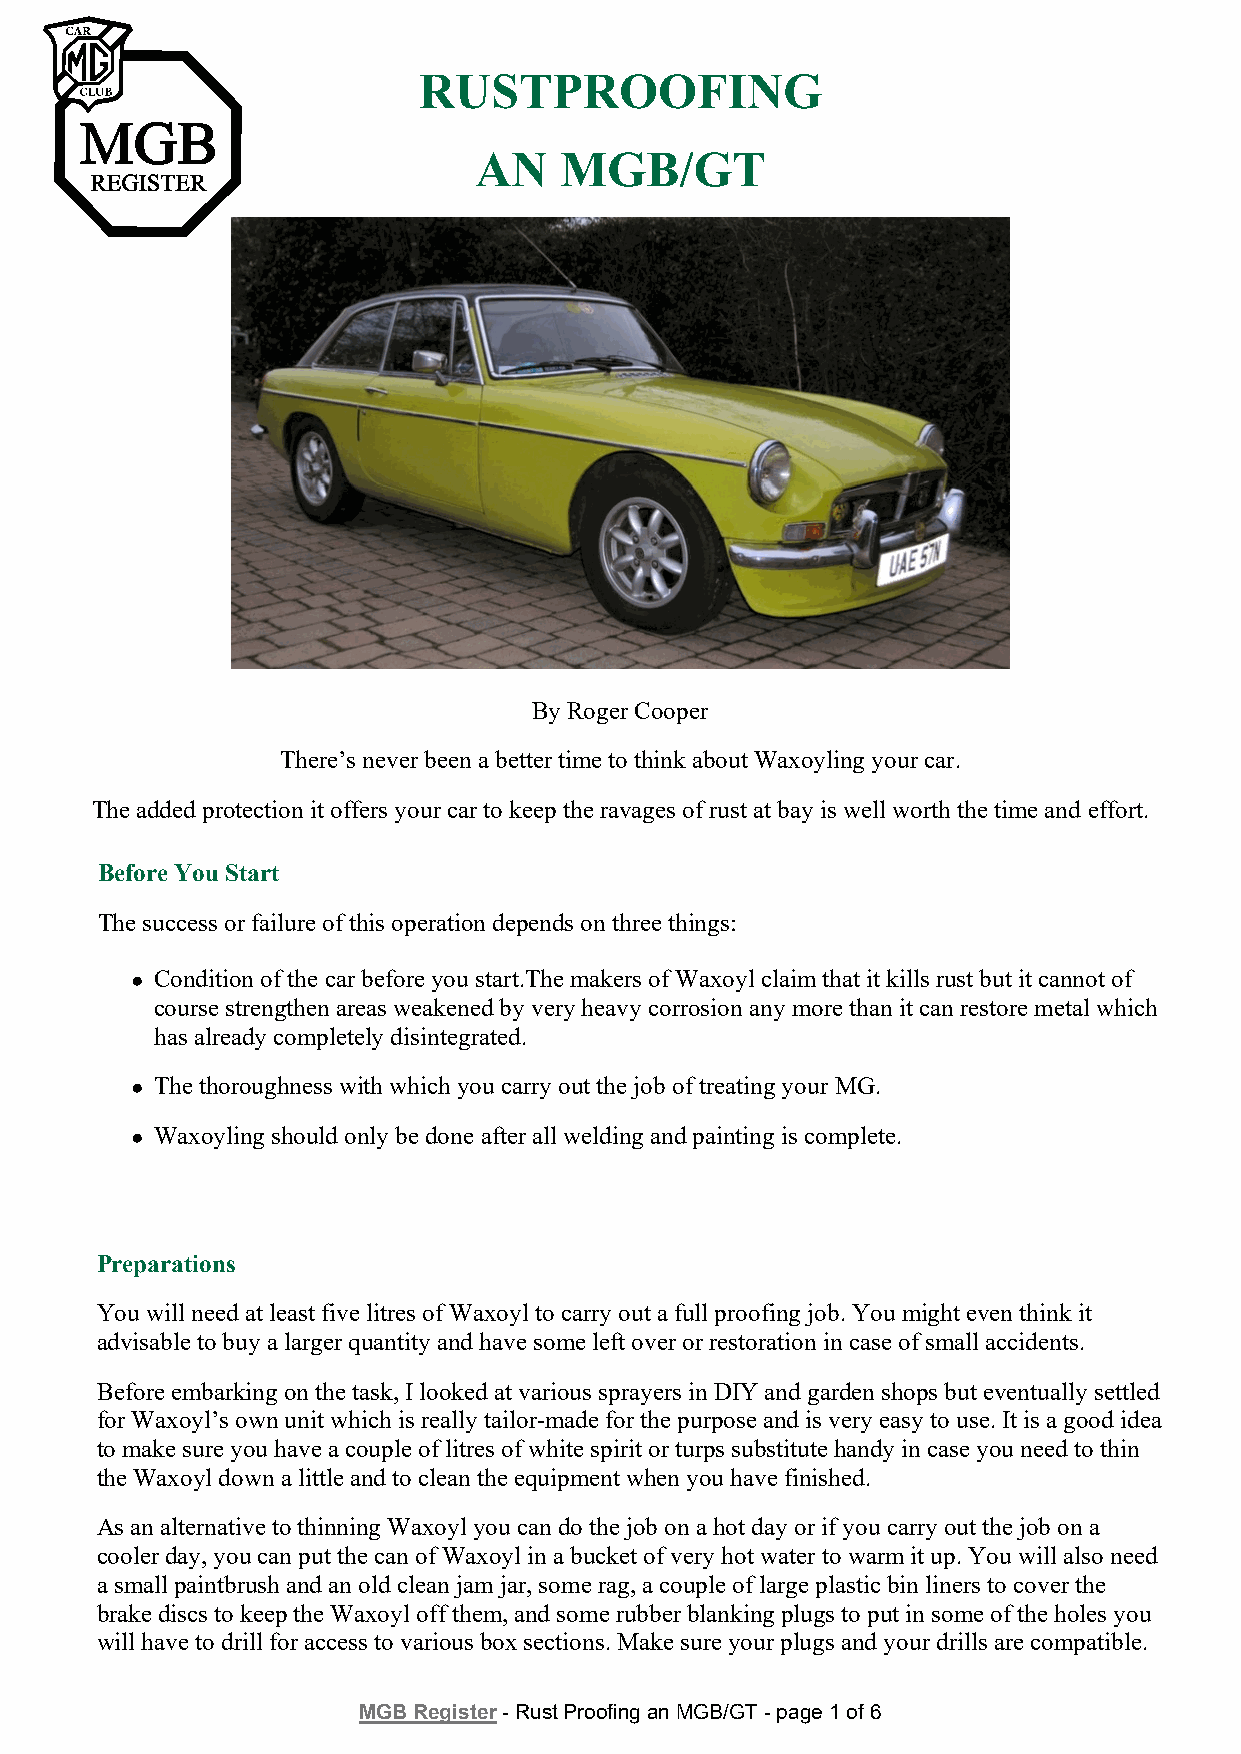
RUSTPROOFING
 AN    MGB/GT
 By Roger Cooper
 There’s never been a better time to think about Waxoyling your car.
 The added protection it offers your car to keep the ravages of rust at bay is well worth the time and effort.
 Before You Start
 The success or failure of this operation depends on three things:
 ● Condition of the car before you start.The makers of Waxoyl claim that it kills rust but it cannot of
 course strengthen areas weakened by very heavy corrosion any more than it can restore metal which
 has already completely disintegrated.
 ● The thoroughness with which you carry out the job of treating your MG.
 ● Waxoyling should only be done after all welding and painting is complete.
 Preparations
 You will need at least five litres of Waxoyl to carry out a full proofing job. You might even think it
 advisable to buy a larger quantity and have some left over or restoration in case of small accidents.
 Before embarking on the task, I looked at various sprayers in DIY and garden shops but eventually settled
 for Waxoyl’s own unit which is really tailor-made for the purpose and is very easy to use. It is a good idea
 to make sure you have a couple of litres of white spirit or turps substitute handy in case you need to thin
 the Waxoyl down a little and to clean the equipment when you have finished.
 As an alternative to thinning Waxoyl you can do the job on a hot day or if you carry out the job on a
 cooler day, you can put the can of Waxoyl in a bucket of very hot water to warm it up. You will also need
 a small paintbrush and an old clean jam jar, some rag, a couple of large plastic bin liners to cover the
 brake discs to keep the Waxoyl off them, and some rubber blanking plugs to put in some of the holes you
 will have to drill for access to various box sections. Make sure your plugs and your drills are compatible.
 MGB Register - Rust Proofing an MGB/GT - page 1 of 6